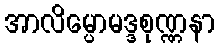
အာလိမ္ပောမဒ္ဒစုဏ္ဏနာ